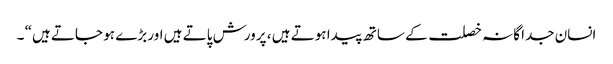
انسان جدا گانہ خصلت کے ساتھ پیدا ہوتے ہیں ، پرورش پاتے ہیں اور بڑے ہو جاتے ہیں“ ۔